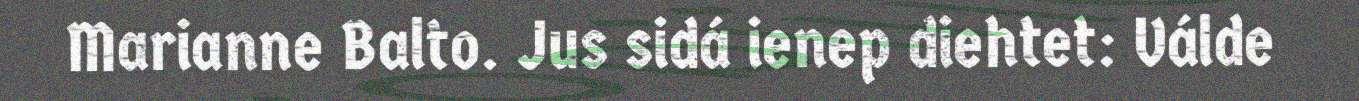
Marianne Balto. Jus sidá ienep diehtet: Válde